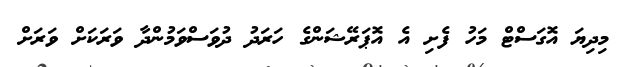
މިދިޔަ އޮގަސްޓް މަހު ފެށި އެ އޮޕަރޭޝަންގެ ހަރަދު ދުވަސްވަމުންދާ ވަރަކަށް ވަރަށް